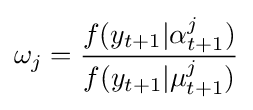
\omega _{j}={\frac {f(y_{t+1}|\alpha _{t+1}^{j})}{f(y_{t+1}|\mu _{t+1}^{j})}}